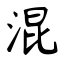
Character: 混